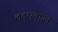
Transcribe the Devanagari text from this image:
लतरस्ताउन